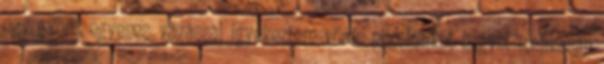
egy gyors, egyenes vágással igyekeztem vörös pixelcsíkot hagyni mellkasán